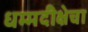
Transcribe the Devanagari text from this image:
धम्मदीक्षेचा